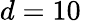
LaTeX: d=10\,